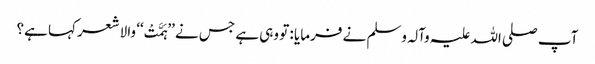
آپ صلی اللہ علیہ وآلہ وسلم نے فرمایا : تو وہی ہے جس نے ’’ہَمَّتْ‘‘ والا شعر کہا ہے؟